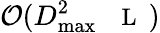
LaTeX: \mathcal{O}(D_{\operatorname*{max}}^{2}{\mathrm{~\small~\mathscr~{~L~}~}})